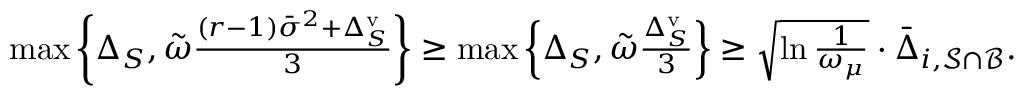
\begin{array} { r } { \operatorname* { m a x } \left\{ \Delta _ { S } , \tilde { \omega } \frac { ( r - 1 ) \bar { \sigma } ^ { 2 } + \Delta _ { S } ^ { \mathrm { v } } } { 3 } \right\} \geq \operatorname* { m a x } \left\{ \Delta _ { S } , \tilde { \omega } \frac { \Delta _ { S } ^ { \mathrm { v } } } { 3 } \right\} \geq \sqrt { \ln \frac { 1 } { \omega _ { \mu } } } \cdot \bar { \Delta } _ { i , \mathcal { S } \cap \mathcal { B } } . } \end{array}